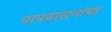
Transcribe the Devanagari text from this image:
पापवासनांचा